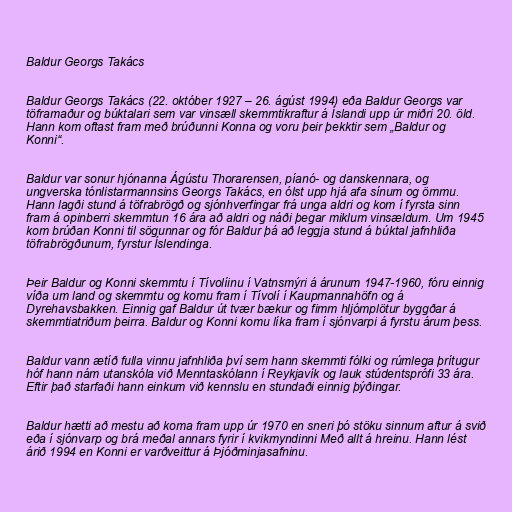
Baldur Georgs Takács

Baldur Georgs Takács (22. október 1927 – 26. ágúst 1994) eða Baldur Georgs var
töframaður og búktalari sem var vinsæll skemmtikraftur á Íslandi upp úr miðri 20. öld.
Hann kom oftast fram með brúðunni Konna og voru þeir þekktir sem „Baldur og
Konni“.

Baldur var sonur hjónanna Ágústu Thorarensen, píanó- og danskennara, og
ungverska tónlistarmannsins Georgs Takács, en ólst upp hjá afa sínum og ömmu.
Hann lagði stund á töfrabrögð og sjónhverfingar frá unga aldri og kom í fyrsta sinn
fram á opinberri skemmtun 16 ára að aldri og náði þegar miklum vinsældum. Um 1945
kom brúðan Konni til sögunnar og fór Baldur þá að leggja stund á búktal jafnhliða
töfrabrögðunum, fyrstur Íslendinga.

Þeir Baldur og Konni skemmtu í Tívolíinu í Vatnsmýri á árunum 1947-1960, fóru einnig
víða um land og skemmtu og komu fram í Tívolí í Kaupmannahöfn og á
Dyrehavsbakken. Einnig gaf Baldur út tvær bækur og fimm hljómplötur byggðar á
skemmtiatriðum þeirra. Baldur og Konni komu líka fram í sjónvarpi á fyrstu árum þess.

Baldur vann ætíð fulla vinnu jafnhliða því sem hann skemmti fólki og rúmlega þrítugur
hóf hann nám utanskóla við Menntaskólann í Reykjavík og lauk stúdentsprófi 33 ára.
Eftir það starfaði hann einkum við kennslu en stundaði einnig þýðingar.

Baldur hætti að mestu að koma fram upp úr 1970 en sneri þó stöku sinnum aftur á svið
eða í sjónvarp og brá meðal annars fyrir í kvikmyndinni Með allt á hreinu. Hann lést
árið 1994 en Konni er varðveittur á Þjóðminjasafninu.